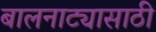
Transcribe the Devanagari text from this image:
बालनाट्यासाठी